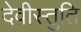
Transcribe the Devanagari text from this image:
देवीस्तुति